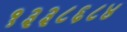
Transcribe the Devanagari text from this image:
१३३८६८४